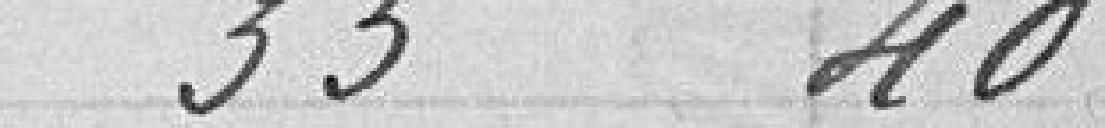
33,40